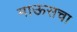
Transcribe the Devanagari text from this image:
माऊसचा